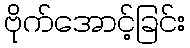
ဗိုက်အောင့်ခြင်း